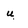
Character: u